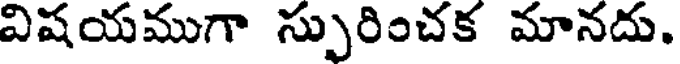
విషయముగా స్పురించక మానదు.